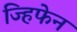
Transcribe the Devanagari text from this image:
ज्हिफेन